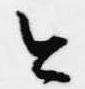
今